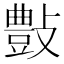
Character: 𣀂